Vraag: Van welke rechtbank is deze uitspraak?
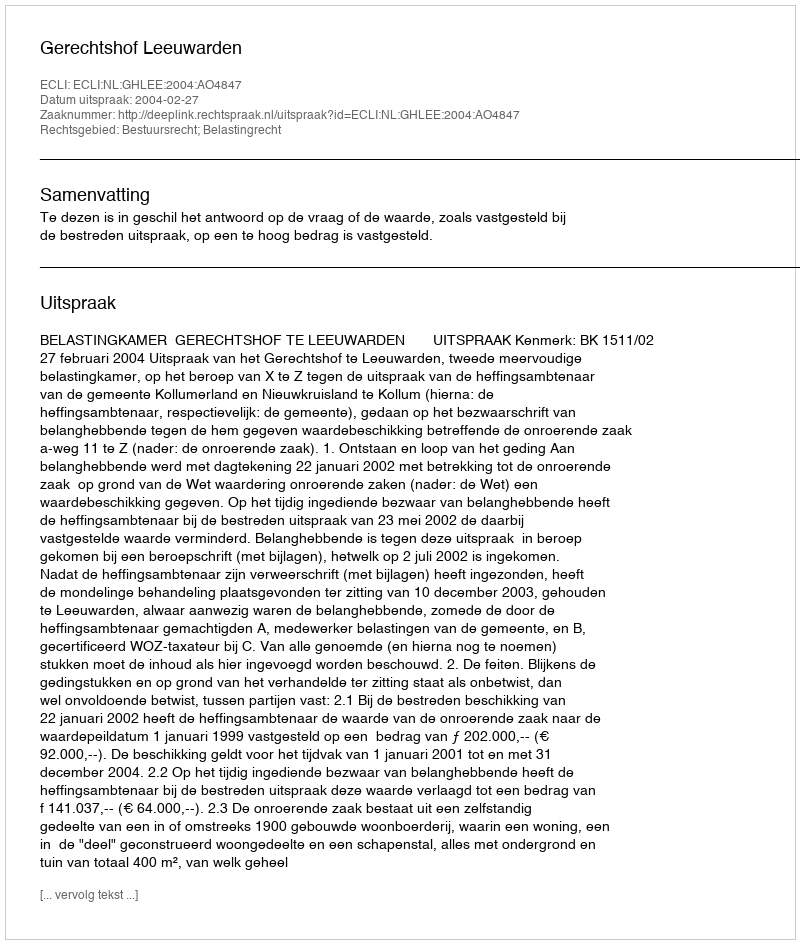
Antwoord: Gerechtshof Leeuwarden